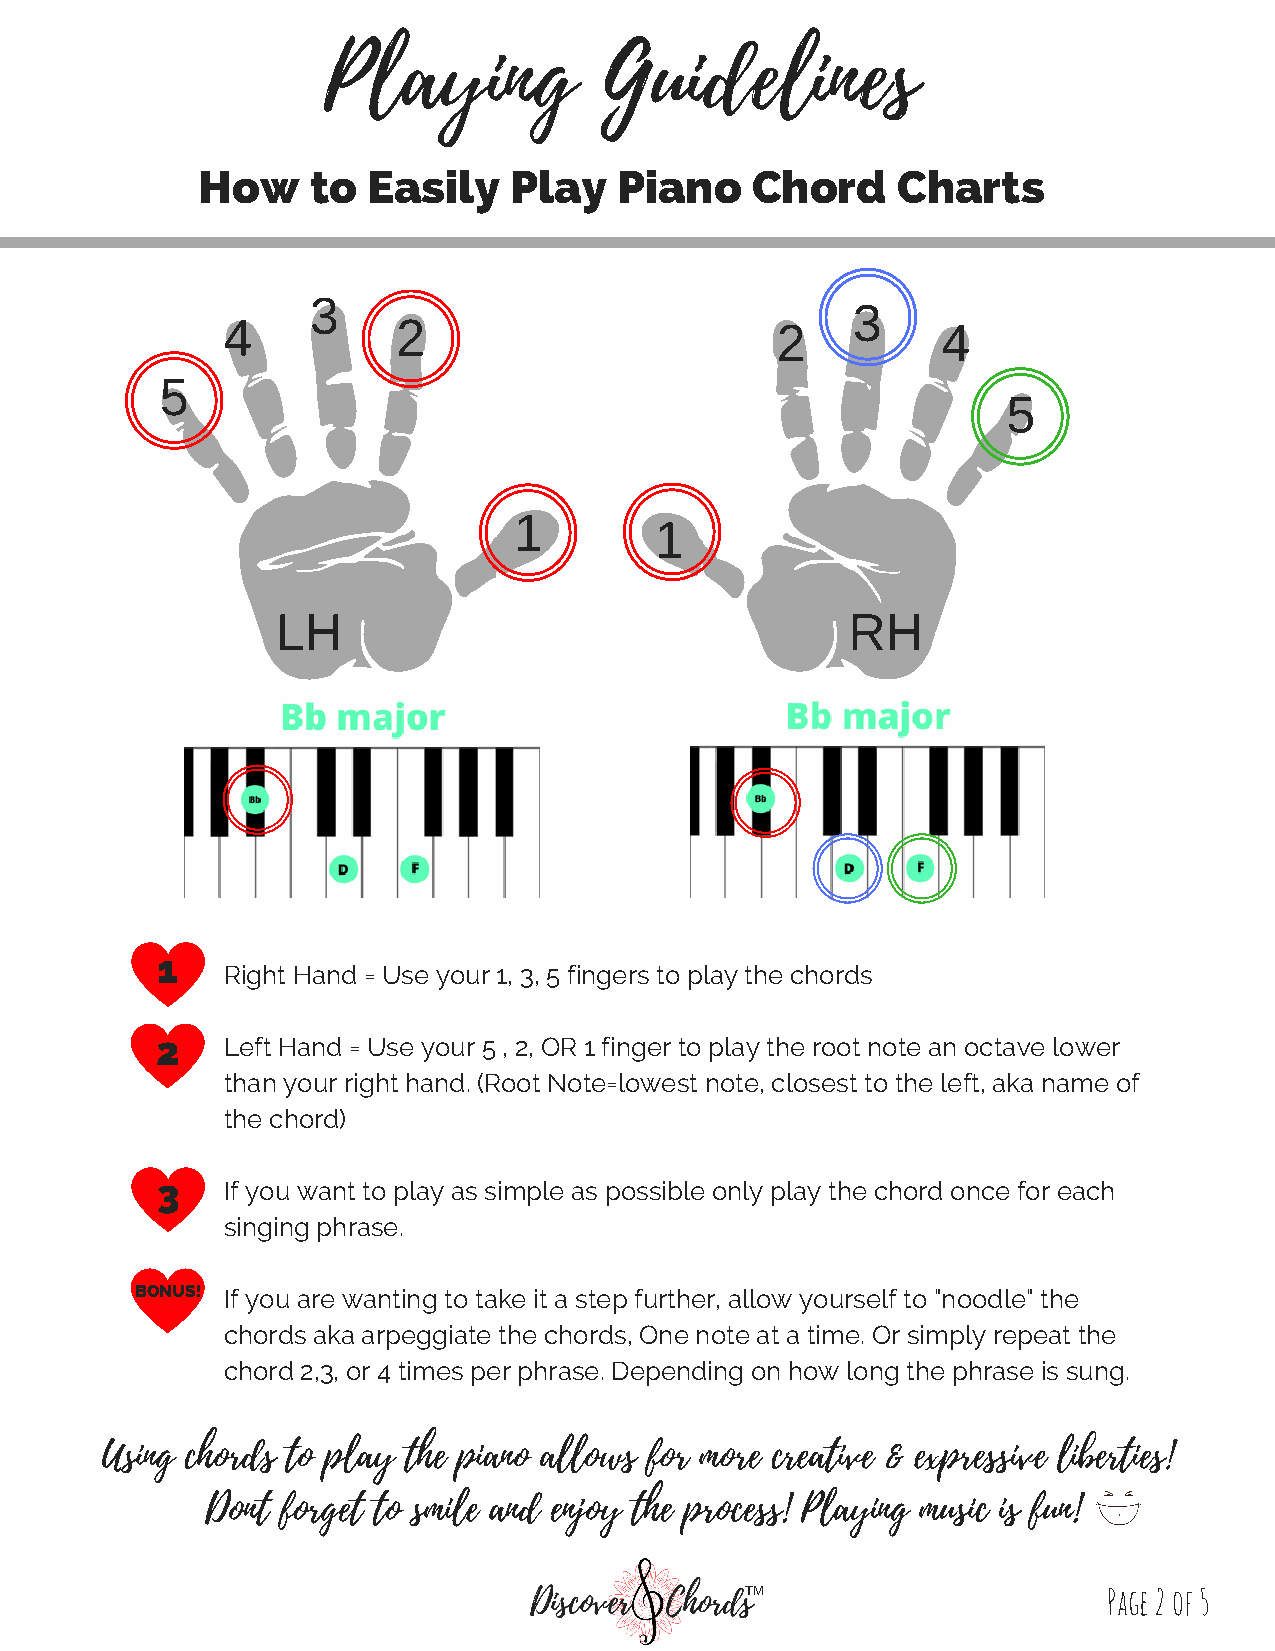
Playing            Guidelines
 How    to  Easily    Play   Piano    Chord    Charts
 3
 3
 4          2                        2          4
 5
 5
 1
 1
 LH                                    RH
 1
 Right Hand = Use your 1, 3, 5 fingers to play the chords
 2    Left Hand = Use your 5 , 2, OR 1 finger to play the root note an octave lower
 than your right hand. (Root Note=lowest note, closest to the left, aka name of
 the chord)
 3    If you want to play as simple as possible only play the chord once for each
 singing phrase.
 BONUS! If you are wanting to take it a step further, allow yourself to "noodle" the
 chords aka arpeggiate the chords, One note at a time. Or simply repeat the
 chord 2,3, or 4 times per phrase. Depending on how long the phrase is sung.
 Using chords to play the piano allows for more creative & expressive liberties!
 Dont forget to smile and enjoy the process! Playing music is fun!
 TM                      Page 2 of 5